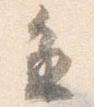
進